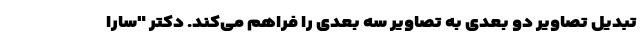
تبدیل تصاویر دو بعدی به تصاویر سه بعدی را فراهم می‌کند. دکتر "سارا